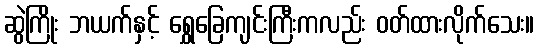
ဆွဲကြိုး ဘယက်နှင့် ရွှေခြေကျင်းကြီးကလည်း ဝတ်ထားလိုက်သေး။